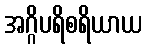
အဂ္ဂိပရိစရိယာယ